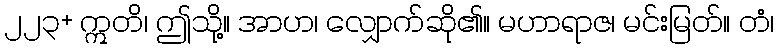
၂၂၃+ ဣတိ၊ ဤသို့။ အာဟ၊ လျှောက်ဆို၏။ မဟာရာဇ၊ မင်းမြတ်။ တံ၊